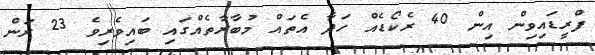
ފްރީޑައިވިން އިން 40 ރެކޯޑެއް ހަދާ އެތައް މުބާރާތެއްގައި ބައިވެރިވެ 23 ރަން